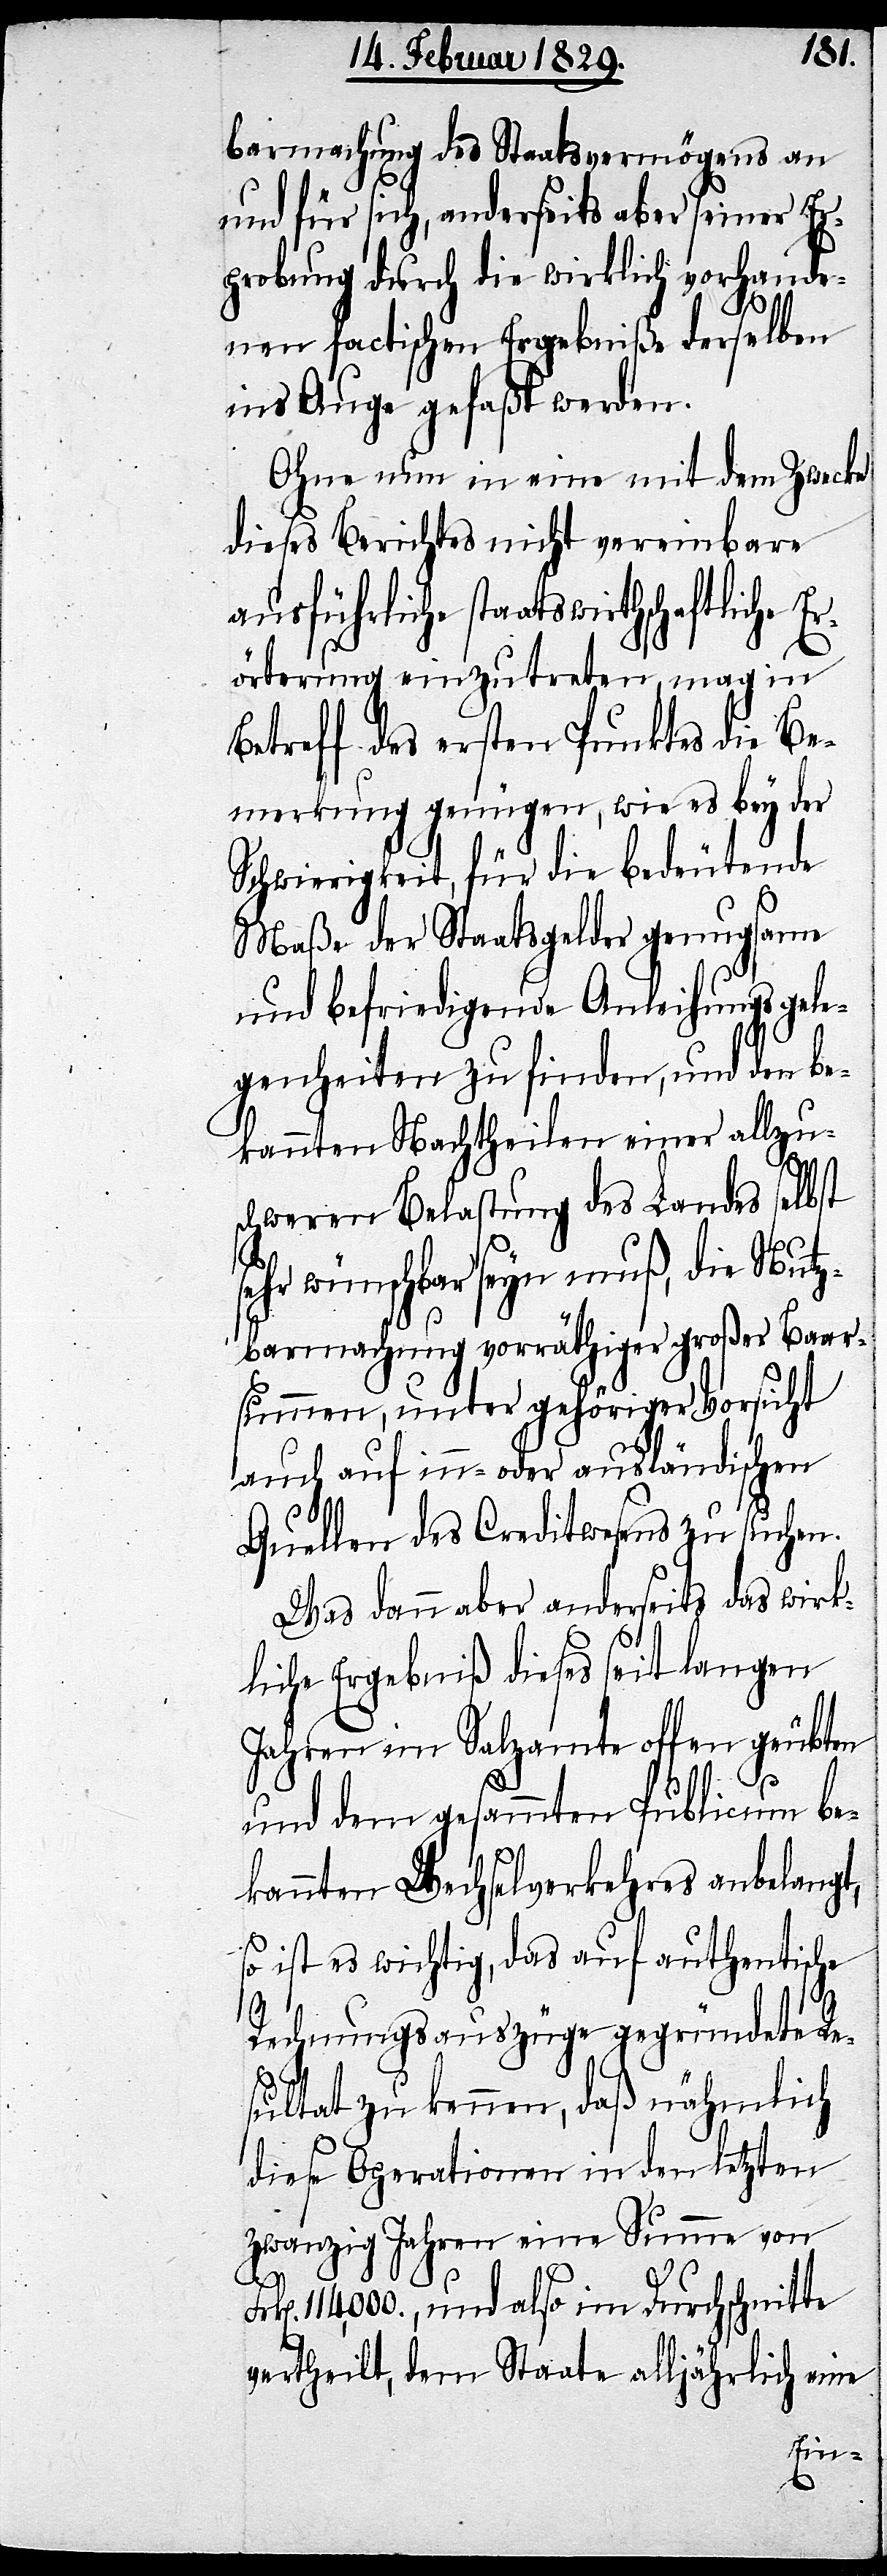
s¬
barmachung des Staatsvermögens an
und für sich, anderseits aber seiner Er¬
probung durch die wirklich vorhande¬
nen factischen Ergebniße derselben
ins Auge gefaßt werden.
Ohne nun in eine mit dem Zwecke
dieses Berichtes nicht vereinbare
ausführliche staatswirthschaftliche E¬
rörterung einzutreten, mag in
Betreff des ersten Punktes die Be¬
merkung genügen, wie es bey der
Schwierigkeit, für die bedeutende
Maße der Staatsgelder genugsame
und befriedigende Anleihungsgele¬
genheiten zu finden, und den be¬
kannten Nachtheilen einer allzus¬
chweren Belastung des Landes selbst
ehr wünschbar seyn muß, die Nutz¬
barmachung vorräthiger großer Baar¬
summen, unter gehöriger Vorsicht
auch auf in- oder ausländischen
Quellen des Creditwesens zu suchen.
Was dann aber anderseits das wirk¬
liche Ergebniß dieses seit langen
Jahren im Salzamte offen geübten
und dem gesammten Publicum be¬
kannten Wechselverkehres anbelangt,
so ist es wichtig, das auf authentische
Rechnungsauszüge gegründete Re¬
sultat zu kennen, daß nähmlich
diese Operationen in den letzten
zwanzig Jahren eine Summe von
114,000., und also im Durchschnitte
vertheilt, dem Staate alljährlich eine